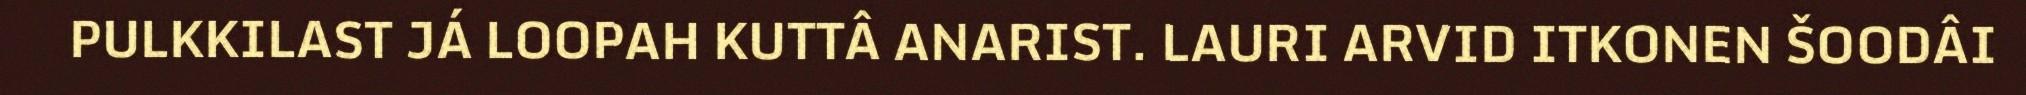
PULKKILAST JÁ LOOPAH KUTTÂ ANARIST. LAURI ARVID ITKONEN ŠOODÂI